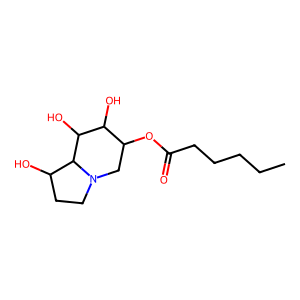
SMILES: CCCCCC(=O)OC1CN2CCC(O)C2C(O)C1O
Inhibits HIV replication: No